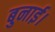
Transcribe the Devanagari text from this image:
बुनाई।